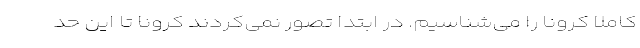
کاملا کرونا را می‌شناسیم. در ابتدا تصور نمی‌کردند کرونا تا این حد